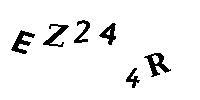
EZ244R